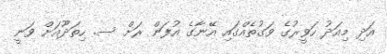
އަދި މިއަދު ހަވީރުގެ ވަގުތެއްގައި އޭނާގެ އުފަން ރަށް ސ. ހިތަދޫއަށް ވަނީ